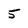
Character: 5